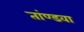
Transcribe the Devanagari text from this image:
तांण्डवा